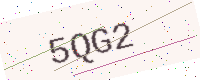
Text: 5QG2